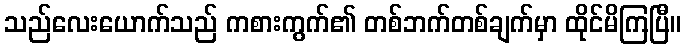
သည်လေးယောက်သည် ကစားကွက်၏ တစ်ဘက်တစ်ချက်မှာ ထိုင်မိကြပြီ။